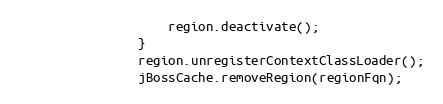
Language: Java
					region.deactivate();
				}
				region.unregisterContextClassLoader();
				jBossCache.removeRegion(regionFqn);